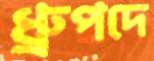
ধ্রুপদে